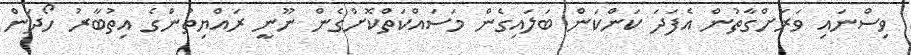
ވިސްނައި ވަރަށްގާތުން އެފަދަ ކަންކަން ބަލައިގެން މަސައްކަތްކޮށްގެން ނޫނީ ރައްޔިތުންގެ އިތުބާރު ހޯދަން